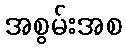
အစွမ်းအစ